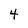
Character: 4